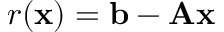
r ( \mathbf { x } ) = \mathbf { b } - \mathbf { A x }